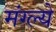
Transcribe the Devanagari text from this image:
मंग्ल्ये